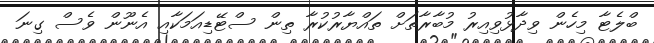
ބްލެޓާ މިހެން ވިދާޅުވިއިރު މުބާރާތަށް ތައްޔާރުކުރާ ތިން ސްޓޭޑިއަމަކާއި އެނޫން ވެސް ގިނަ